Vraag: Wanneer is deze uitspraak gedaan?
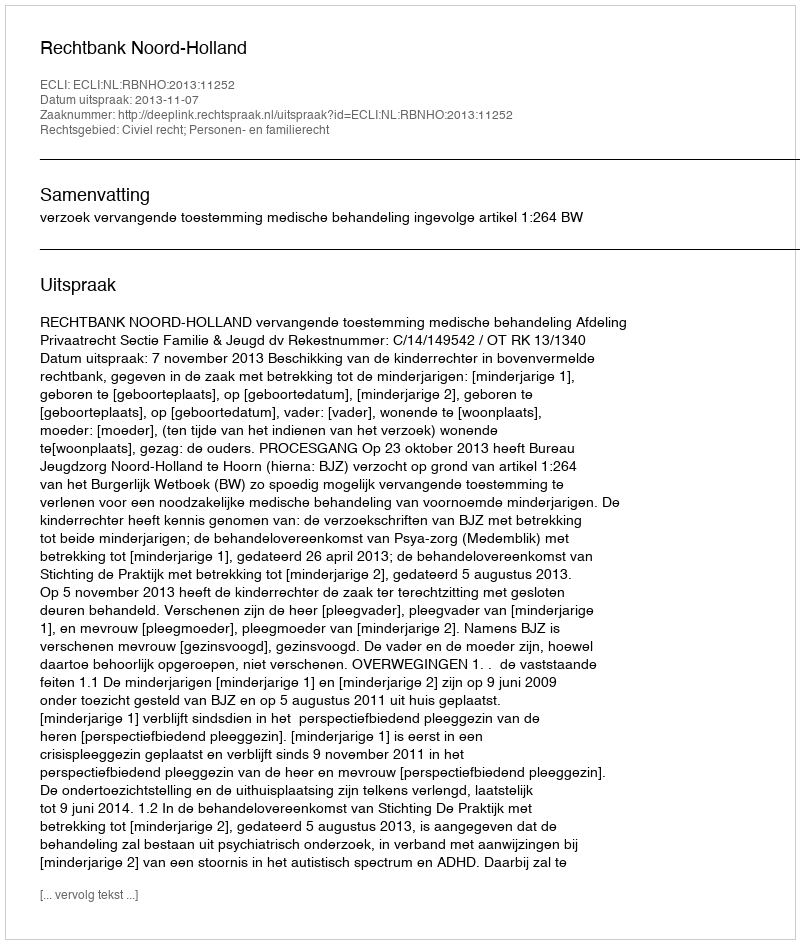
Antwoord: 2013-11-07